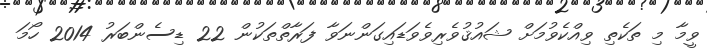
ވީމާ މި ތަކެތި ވިއްކެވުމަށް ޝައުޤުވެރިވެވަޑައިގަންނަވާ ފަރާތްތަކުން 22 ޑިސެންބަރު 2014 ހޯމަ